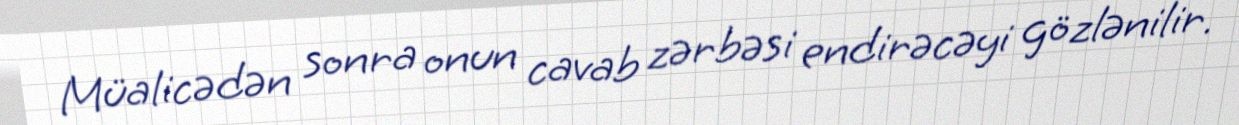
Müalicədən sonra onun cavab zərbəsi endirəcəyi gözlənilir.